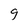
Character: 9